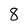
Character: 8